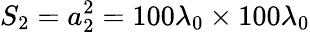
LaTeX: S_{2}=a_{2}^{2}=100\lambda_{0}\times 100\lambda_{0}